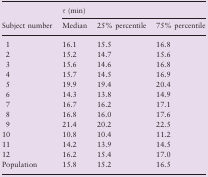
|  | <COLSPAN=3> τ (min) |
 | Subject number | Median | 25% percentile | 75% percentile |
 | --- | --- | --- | --- |
 | 1 | 16.1 | 15.5 | 16.8 |
 | 2 | 15.2 | 14.7 | 15.6 |
 | 3 | 15.6 | 14.6 | 16.8 |
 | 4 | 15.7 | 14.5 | 16.9 |
 | 5 | 19.9 | 19.4 | 20.4 |
 | 6 | 14.3 | 13.8 | 14.9 |
 | 7 | 16.7 | 16.2 | 17.1 |
 | 8 | 16.8 | 16.0 | 17.6 |
 | 9 | 21.4 | 20.2 | 22.5 |
 | 10 | 10.8 | 10.4 | 11.2 |
 | 11 | 14.2 | 13.9 | 14.5 |
 | 12 | 16.2 | 15.4 | 17.0 |
 | Population | 15.8 | 15.2 | 16.5 |